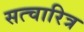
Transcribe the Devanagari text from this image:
सत्चारित्र